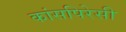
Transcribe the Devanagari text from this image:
कांसपिरेसी